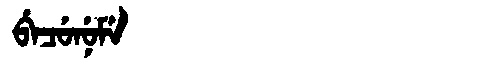
Manchu: ᠪᡝᠴᡠᠨᡠᠮᡝ
Romanization: BECUNUME